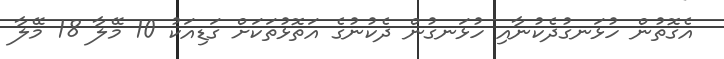
އެގޮތުން ހުޅަނގުދެކުނާއި ހުޅަނގުން ދެކުނުގެ އަތޮޅުތަކަށް ގަޑިއަކު 10 މޭލާ 18 މޭލާ